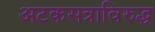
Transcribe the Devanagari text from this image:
अटकसत्राविरुद्ध